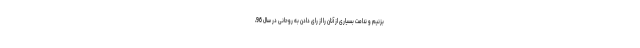
بزنیم و ندامت بسیاری از آنان را از رای دادن به روحانی در سال 96،